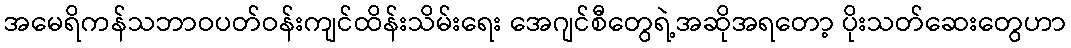
အမေရိကန်သဘာဝပတ်ဝန်းကျင်ထိန်းသိမ်းရေး အေဂျင်စီတွေရဲ့အဆိုအရတော့ ပိုးသတ်ဆေးတွေဟာ